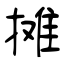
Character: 摊